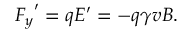
{ F _ { y } } ^ { \prime } = q E ^ { \prime } = - q \gamma v B .